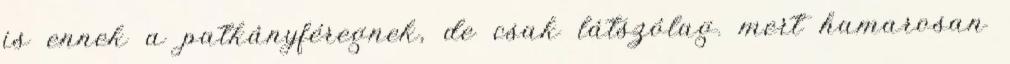
is ennek a patkányféregnek, de csak látszólag. mert hamarosan